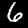
Digit: 6